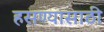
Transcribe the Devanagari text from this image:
हसण्यासाठी